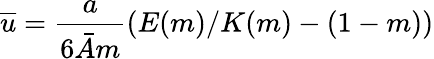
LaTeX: \overline{{u}}=\frac{a}{6\bar{A}m}\left(E(m)/K(m)-(1-m)\right)